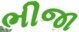
ભીજા